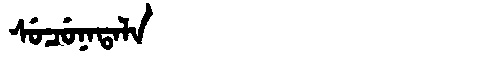
Manchu: ᠰᡠᠴᡠᠨᠠᡨᠠᠯᠠ
Romanization: SUCUNATALA